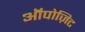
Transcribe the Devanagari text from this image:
ऑपोज़िट